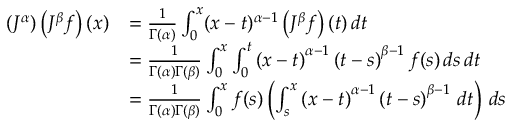
{ \begin{array} { r l } { \left( J ^ { \alpha } \right) \left( J ^ { \beta } f \right) ( x ) } & { = { \frac { 1 } { \Gamma ( \alpha ) } } \int _ { 0 } ^ { x } ( x - t ) ^ { \alpha - 1 } \left( J ^ { \beta } f \right) ( t ) \, d t } \\ & { = { \frac { 1 } { \Gamma ( \alpha ) \Gamma ( \beta ) } } \int _ { 0 } ^ { x } \int _ { 0 } ^ { t } \left( x - t \right) ^ { \alpha - 1 } \left( t - s \right) ^ { \beta - 1 } f ( s ) \, d s \, d t } \\ & { = { \frac { 1 } { \Gamma ( \alpha ) \Gamma ( \beta ) } } \int _ { 0 } ^ { x } f ( s ) \left( \int _ { s } ^ { x } \left( x - t \right) ^ { \alpha - 1 } \left( t - s \right) ^ { \beta - 1 } \, d t \right) \, d s } \end{array} }